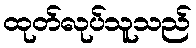
ထုတ်လုပ်သူသည်